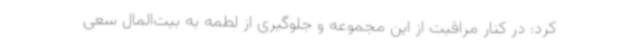
کرد: در کنار مراقبت از این مجموعه و جلوگیری از لطمه به بیت‌المال سعی